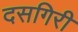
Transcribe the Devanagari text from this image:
दसगिरी